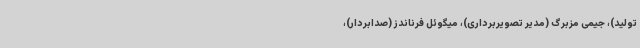
تولید)، جیمی مزبرگ (مدیر تصویربرداری)، میگوئل فرناندز (صدابردار)،